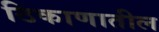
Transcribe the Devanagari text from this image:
ठिकाणातील